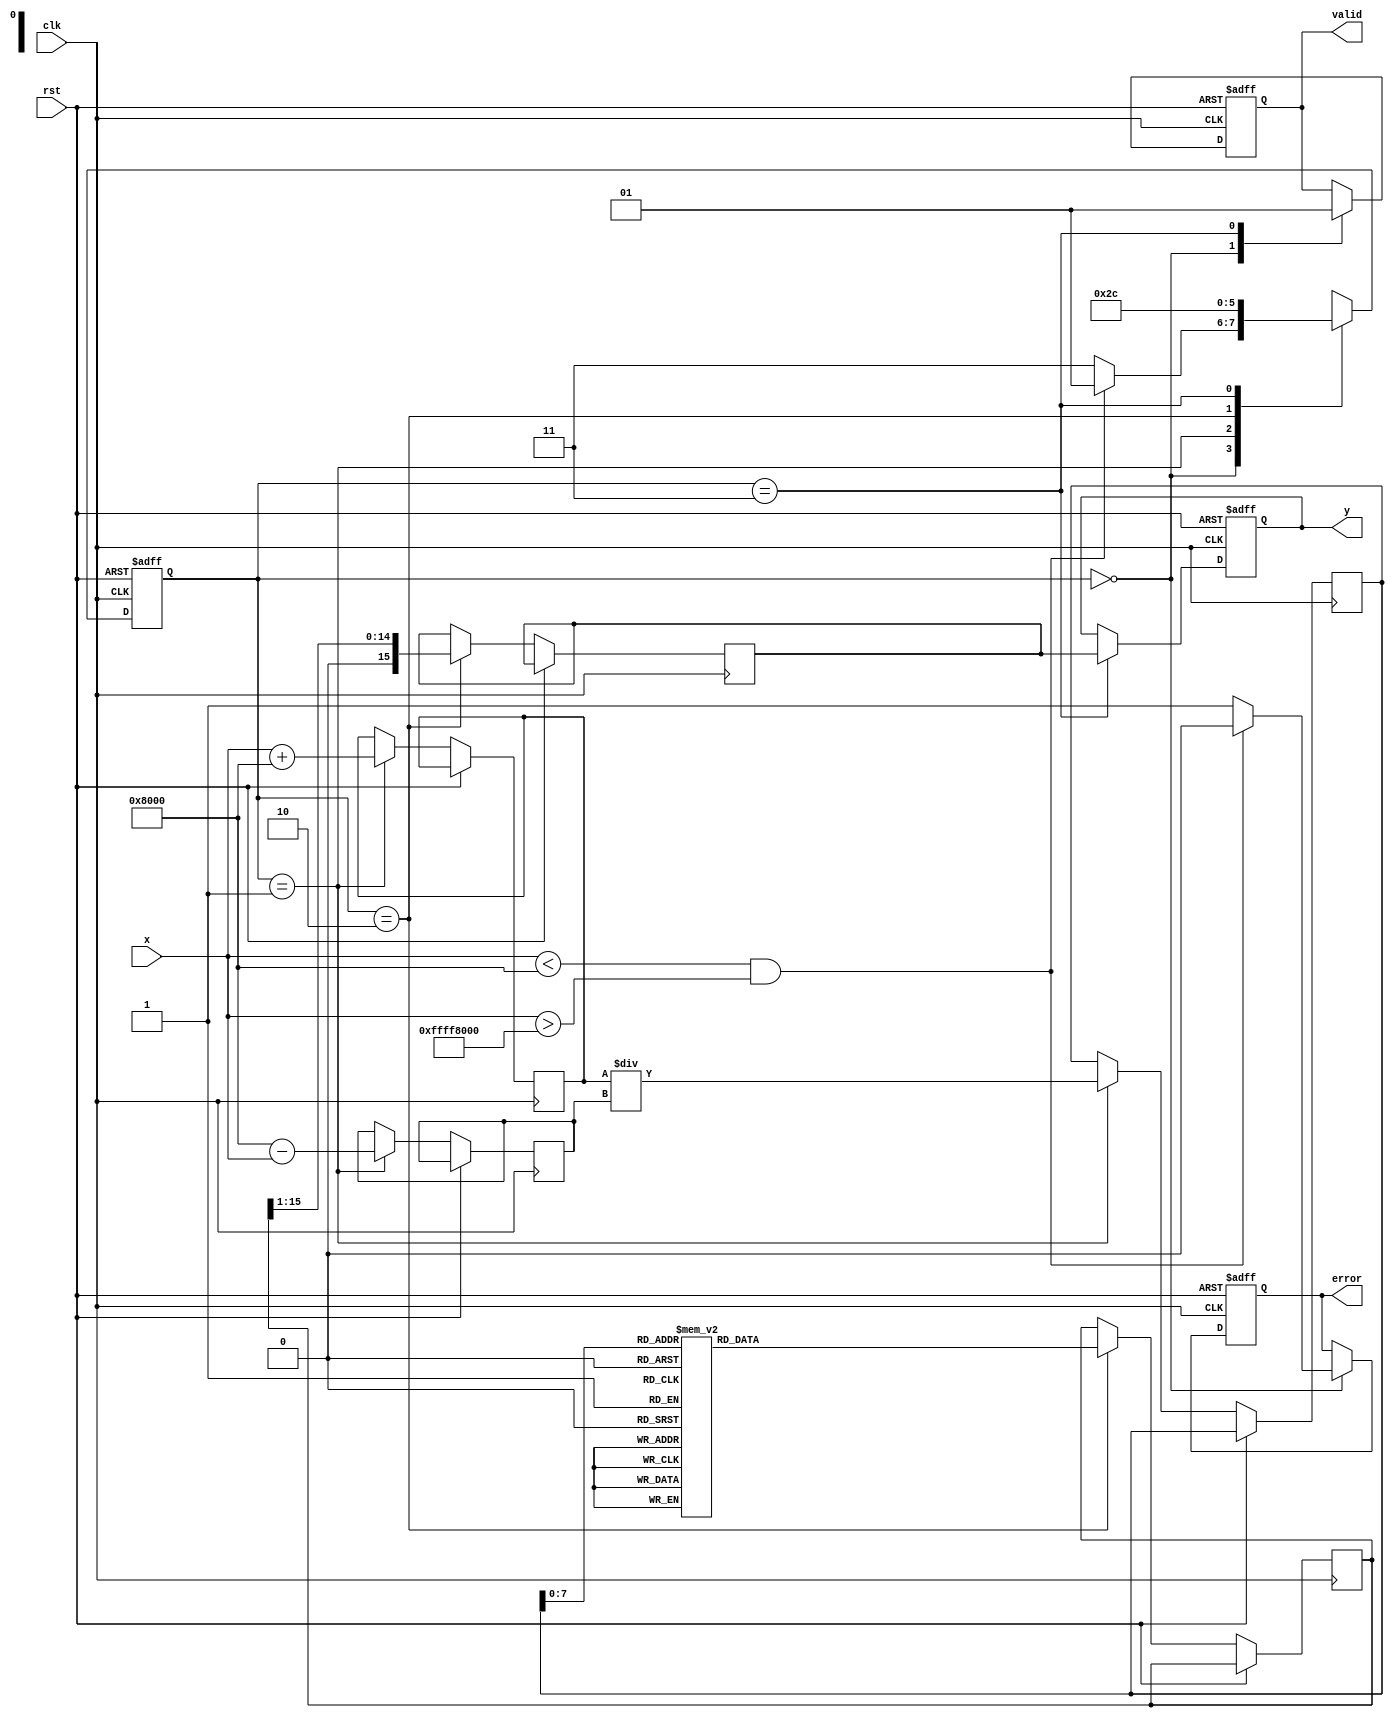
module atanh #(
    parameter N = 16, // Input width
    parameter M = 16, // Output width
    parameter LUT_SIZE = 256 // Size of the logarithm LUT
)(
    input wire clk,
    input wire rst,
    input wire [N-1:0] x, // Input signal
    output reg [M-1:0] y, // Output signal
    output reg valid, // Output valid signal
    output reg error // Error signal for out-of-range inputs
);

    // Internal signals
    reg [N-1:0] x_plus_one;
    reg [N-1:0] x_minus_one;
    reg [N-1:0] log_input;
    reg [M-1:0] log_output;
    reg [M-1:0] division_result;
    reg [1:0] state;
    
    // Logarithm LUT (for demonstration, values should be precomputed)
    reg [M-1:0] log_lut [0:LUT_SIZE-1];

    // State encoding
    localparam IDLE = 2'b00,
               VALIDATE = 2'b01,
               COMPUTE = 2'b10,
               OUTPUT = 2'b11;

    // Initialize LUT with logarithm values (this should be done in a separate initialization block)
    initial begin
        // Populate the LUT with precomputed values of ln(x) for x in (0, 2)
        // Example: log_lut[0] = 0, log_lut[1] = 0.693, log_lut[2] = 1.098, etc.
        // This is just a placeholder; actual values should be calculated.
        // log_lut[0] = 0; log_lut[1] = 0; log_lut[2] = 0; // etc.
    end

    // State machine for processing
    always @(posedge clk or posedge rst) begin
        if (rst) begin
            state <= IDLE;
            y <= 0;
            valid <= 0;
            error <= 0;
        end else begin
            case (state)
                IDLE: begin
                    valid <= 0;
                    error <= 0;
                    if (x < (1 << (N-1)) && x > -(1 << (N-1))) begin // Check if -1 < x < 1
                        state <= VALIDATE;
                    end else begin
                        error <= 1; // Out of range
                        state <= OUTPUT;
                    end
                end
                
                VALIDATE: begin
                    x_plus_one <= x + (1 << (N-1)); // 1 + x
                    x_minus_one <= (1 << (N-1)) - x; // 1 - x
                    log_input <= x_plus_one / x_minus_one; // (1 + x) / (1 - x)
                    state <= COMPUTE;
                end
                
                COMPUTE: begin
                    // Lookup the logarithm value
                    log_output <= log_lut[log_input]; // Assuming log_input is scaled to LUT size
                    division_result <= log_output >> 1; // Divide by 2 (right shift)
                    state <= OUTPUT;
                end
                
                OUTPUT: begin
                    y <= division_result; // Output the result
                    valid <= 1; // Indicate output is valid
                    state <= IDLE; // Go back to IDLE
                end
                
                default: state <= IDLE;
            endcase
        end
    end

endmodule